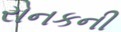
રોનકની